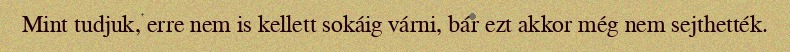
Mint tudjuk, erre nem is kellett sokáig várni, bár ezt akkor még nem sejthették.